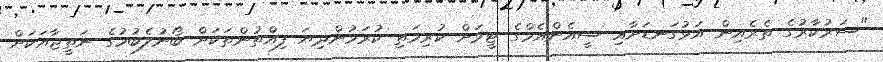
"ސަރުކާރުގެ ތެރެއިން އަޅުގަނޑަށާއި ސީއެންއެމްގެ ޓީމަށް ކުރިމަތި ކުރަމުންދިޔަ ފިއްތުންތަކަށް ބޯނުލެބުމުގެ ނަތީޖާއަކަށް